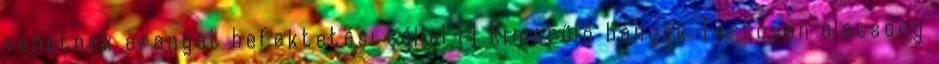
vehetnek aranyat befektetési céllal 14 Kimerülő bányák Tartósan alacsony